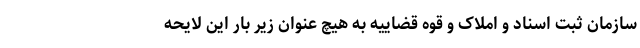
سازمان ثبت اسناد و املاک و قوه قضاییه به هیچ عنوان زیر بار این لایحه